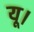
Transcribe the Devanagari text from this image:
यू।